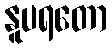
နူပရတော